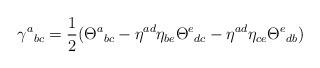
LaTeX: \begin{align*} \gamma{^a}_{bc} = \frac{1}{2}(\Theta{^a}_{bc} - \eta^{ad}\eta_{be}\Theta{^e}_{dc} - \eta^{ad}\eta_{ce}\Theta{^e}_{db})\end{align*}